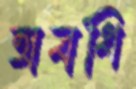
অবধি